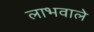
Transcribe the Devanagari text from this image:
लाभवाले